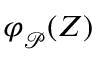
\varphi _ { \mathcal P } ^ { } ( Z )